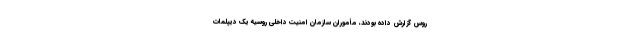
روس گزارش داده بودند، مأموران سازمان امنیت داخلی روسیه یک دیپلمات